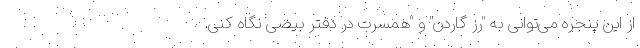
از این پنجره می‌توانی به "رز گاردن" و "همسرت در دفتر بیضی نگاه کنی.